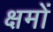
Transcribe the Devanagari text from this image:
क्षमों